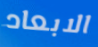
الابعاد